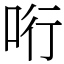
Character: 哘